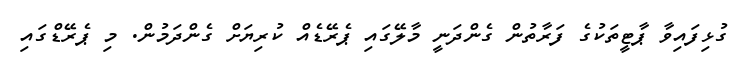
ގުޅިފައިވާ ޕާޓީތަކުގެ ފަރާތުން ގެންދަނީ މާލޭގައި ޕެރޭޑެއް ކުރިޔަށް ގެންދަމުން. މި ޕެރޭޑްގައި